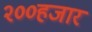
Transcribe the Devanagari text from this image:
२००हजार